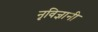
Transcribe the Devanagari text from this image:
नृविज्ञानी